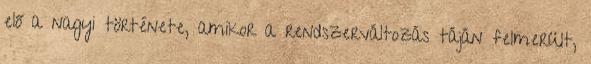
elő a nagyi története, amikor a rendszerváltozás táján felmerült,